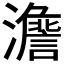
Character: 𱪂